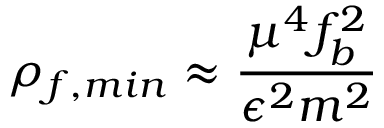
\rho _ { f , m i n } \approx { \frac { \mu ^ { 4 } f _ { b } ^ { 2 } } { \epsilon ^ { 2 } m ^ { 2 } } }